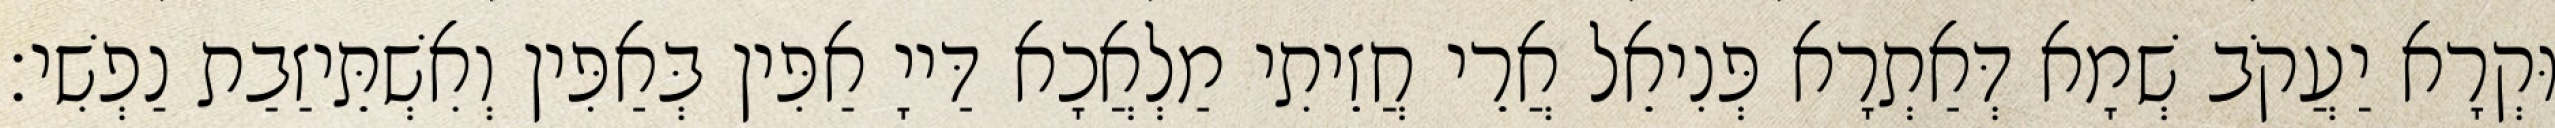
וּקְרָא יַעֲקֹב שְׁמָא דְּאַתְרָא פְּנִיאֵל אֲרֵי חֲזֵיתִי מַלְאֲכָא דַּייָ אַפִּין בְּאַפִּין וְאִשְׁתֵּיזַבַת נַפְשִׁי׃